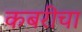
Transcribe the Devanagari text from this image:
कबरीचा